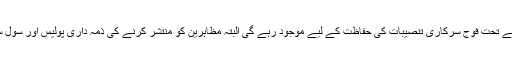
آئین کے آرٹیکل 245 کے تحت فوج سرکاری تنصیبات کی حفاظت کے لیے موجود رہے گی البتہ مظاہرین کو منتشر کرنے کی ذمہ داری پولیس اور سول سکیورٹی اداروں کی ہے۔